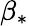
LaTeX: \beta_{*}